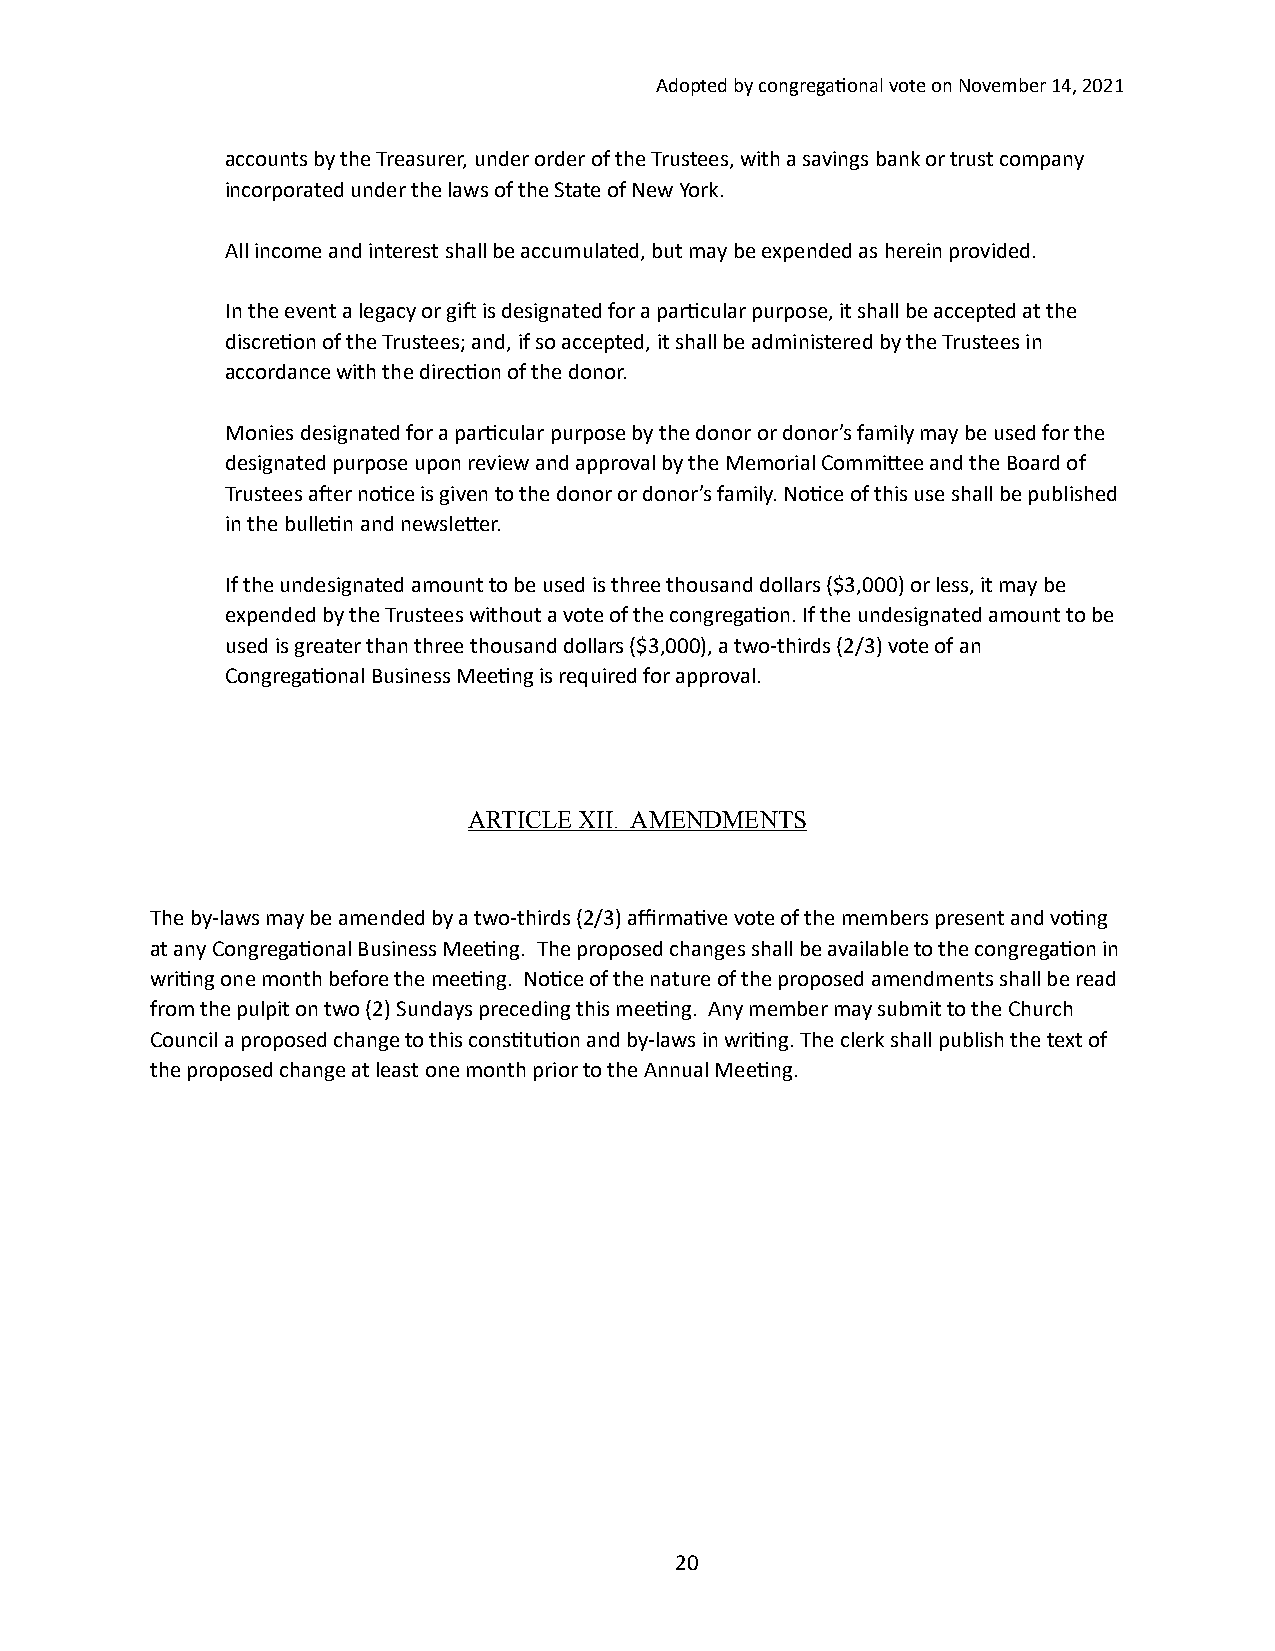
Adopted by congrega/onal vote on November 14, 2021
 accounts by the Treasurer, under order of the Trustees, with a savings bank or trust company
 incorporated under the laws of the State of New York.
 All income and interest shall be accumulated, but may be expended as herein provided.
 In the event a legacy or git is designated for a par/cular purpose, it shall be accepted at the
 discre/on of the Trustees; and, if so accepted, it shall be administered by the Trustees in
 accordance with the direc/on of the donor.
 Monies designated for a par/cular purpose by the donor or donor’s family may be used for the
 designated purpose upon review and approval by the Memorial Commihee and the Board of
 Trustees ater no/ce is given to the donor or donor’s family. No/ce of this use shall be published
 in the bulle/n and newsleher.
 If the undesignated amount to be used is three thousand dollars ($3,000) or less, it may be
 expended by the Trustees without a vote of the congrega/on. If the undesignated amount to be
 used is greater than three thousand dollars ($3,000), a two-thirds (2/3) vote of an
 Congrega/onal Business Mee/ng is required for approval.
 ARTICLE XII. AMENDMENTS
 The by-laws may be amended by a two-thirds (2/3) affirma/ve vote of the members present and vo/ng
 at any Congrega/onal Business Mee/ng. The proposed changes shall be available to the congrega/on in
 wri/ng one month before the mee/ng. No/ce of the nature of the proposed amendments shall be read
 from the pulpit on two (2) Sundays preceding this mee/ng. Any member may submit to the Church
 Council a proposed change to this cons/tu/on and by-laws in wri/ng. The clerk shall publish the text of
 the proposed change at least one month prior to the Annual Mee/ng.
 20